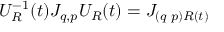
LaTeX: { \cal U } _ { { \cal R } } ^ { - 1 } ( t ) { \cal J } _ { q , p } { \cal U } _ { \cal R } ( t ) = { \cal J } _ { ( q \, \, p ) { \cal R } ( t ) }